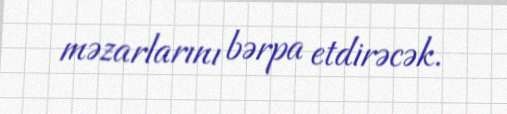
məzarlarını bərpa etdirəcək.